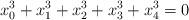
LaTeX: \begin{align*}x_0^3+x_1^3+x_2^3+x_3^3+x_4^3=0 \end{align*}